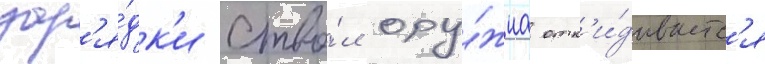
зар'я́дк'и ство́л ору́жиа отк'и́дываетс'я